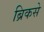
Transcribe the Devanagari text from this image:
ब्रिकसे